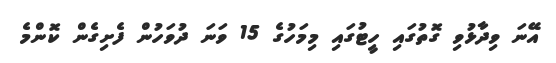
އޭނަ ވިދާޅުވި ގޮތުގައި ހީޓުގައި މިމަހުގެ 15 ވަނަ ދުވަހުން ފެށިގެން ކޮންމެ